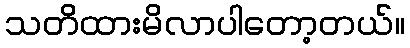
သတိထားမိလာပါတော့တယ်။